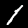
Digit: 1